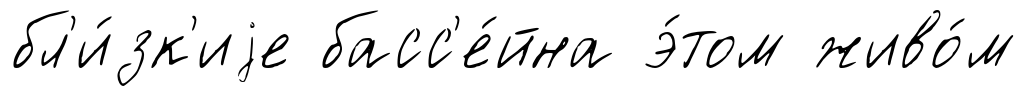
бл'и́зк'иjе басс'е́йна э́том живо́м